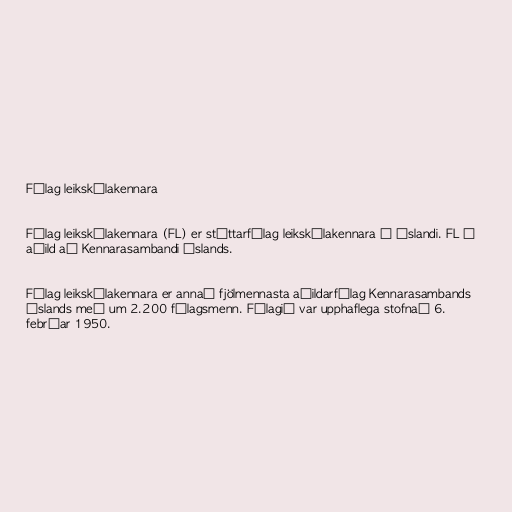
Félag leikskólakennara

Félag leikskólakennara (FL) er stéttarfélag leikskólakennara á Íslandi. FL á
aðild að Kennarasambandi Íslands.

Félag leikskólakennara er annað fjölmennasta aðildarfélag Kennarasambands
Íslands með um 2.200 félagsmenn. Félagið var upphaflega stofnað 6.
febrúar 1950.